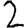
Digit: 2